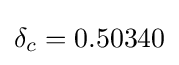
\delta _{c}=0.50340